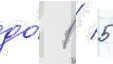
до́ 1 / 5